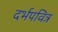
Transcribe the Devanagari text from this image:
दर्भपवित्र